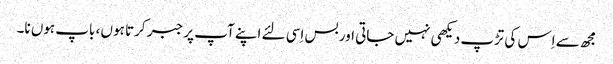
مجھ سے اِس کی تڑپ دیکھی نہیں جاتی اور بس اِسی لئے اپنے آپ پر جبر کرتا ہوں ، باپ ہوں نا۔